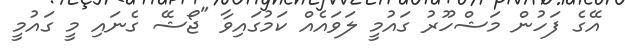
އޭގެ ފަހުން މަޝްހޫރު ގައުމީ ލަވައެއް ކަމުގައިވާ "ޖޯޝޭ ގެނައި މީ ގައުމީ